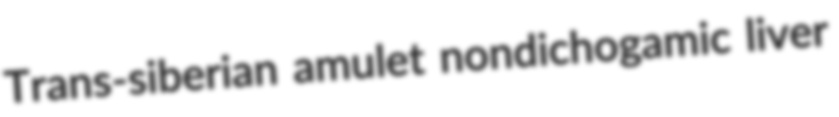
Trans-siberian amulet nondichogamic liver